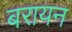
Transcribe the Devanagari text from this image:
बरायन